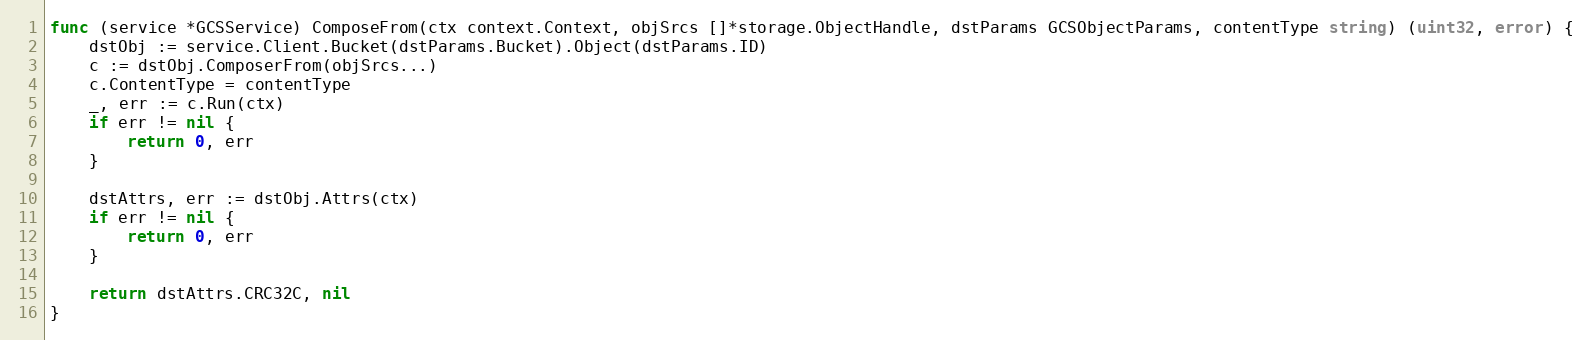
Language: Go
func (service *GCSService) ComposeFrom(ctx context.Context, objSrcs []*storage.ObjectHandle, dstParams GCSObjectParams, contentType string) (uint32, error) {
	dstObj := service.Client.Bucket(dstParams.Bucket).Object(dstParams.ID)
	c := dstObj.ComposerFrom(objSrcs...)
	c.ContentType = contentType
	_, err := c.Run(ctx)
	if err != nil {
		return 0, err
	}

	dstAttrs, err := dstObj.Attrs(ctx)
	if err != nil {
		return 0, err
	}

	return dstAttrs.CRC32C, nil
}